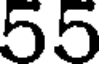
55